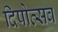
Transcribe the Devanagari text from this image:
दिपोत्सव